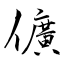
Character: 儣